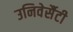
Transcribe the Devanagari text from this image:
उनिवेर्सैटी